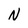
Character: N